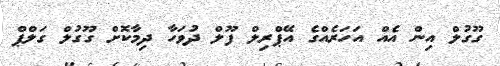
ގޫގުލް އިން އެއް އަހަރެއްގެ އޭޕްރިލް ފޫލް ދުވަހާ ދިމާކޮށް ގޫގުލް ގަލްޕް